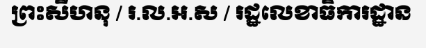
ព្រះសីហនុ / រ.ល.អ.ស / រដ្ឋលេខាធិការដ្ឋាន